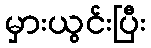
မှားယွင်းပြီး